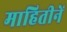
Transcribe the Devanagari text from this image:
माहितीनें